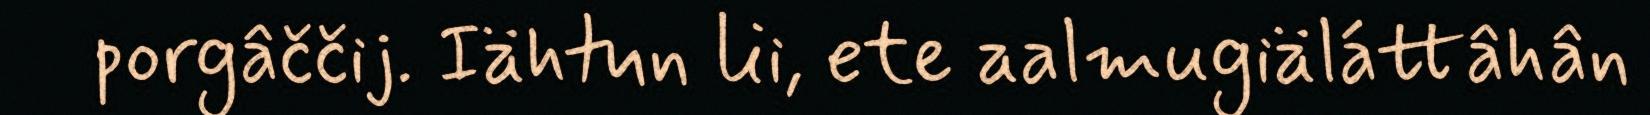
porgâččij. Iähtun lii, ete aalmugiäláttâhân